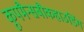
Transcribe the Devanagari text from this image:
कूपमैन्सबौकहाउडिंग